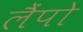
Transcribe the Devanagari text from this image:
लैंपो